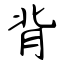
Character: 背